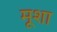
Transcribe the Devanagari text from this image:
मूशा